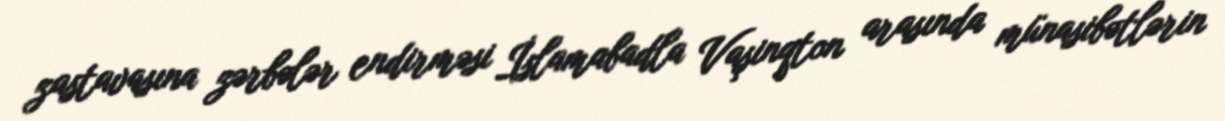
zastavasına zərbələr endirməsi İslamabadla Vaşinqton arasında münasibətlərin